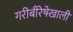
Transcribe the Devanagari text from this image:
गरीबीरेषेखाली